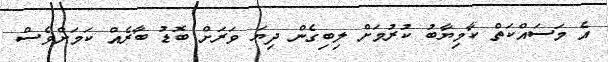
އެ މަސައްކަތް ކާމިޔާބު ކުރުމަށް ލިބިގެން ދިޔަ ވަރަށް ބޮޑު ބާރެއް ކަމަށްވެސް